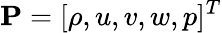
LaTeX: \mathbf{P}=[\rho,u,v,w,p]^{T}